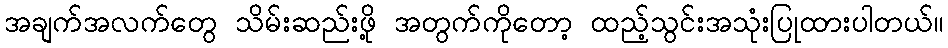
အချက်အလက်တွေ သိမ်းဆည်းဖို့ အတွက်ကိုတော့ ထည့်သွင်းအသုံးပြုထားပါတယ်။